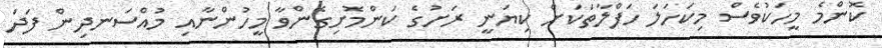
ކޮންމެ މީހަކުވެސް މިކަހަލަ ހަފްލާތަކަށް ކިޔަނީ ރަށުގެ ކަންމޮށިގެންވާ މީހުންނާއި މުއްސަނދިން ފަދަ